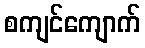
စကျင်ကျောက်